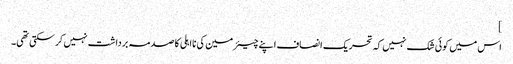
]
اس میں کوئی شک نہیں کہ تحریک انصاف اپنے چیئرمین کی نااہلی کا صدمہ برداشت نہیں کر سکتی تھی۔